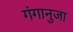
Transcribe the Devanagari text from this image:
गंगानुजा